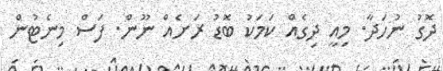
ދޮގު ނުހަދާ. މިއީ ދިގެއް ކަމަކު ބޮޑު ރަށެއް ނޫން. ފަސް މިނެޓުން